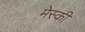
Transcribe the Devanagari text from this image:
मेस्की